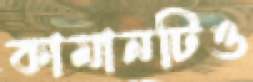
কামানটিও